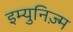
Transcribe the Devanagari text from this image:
इम्युनिज़्म